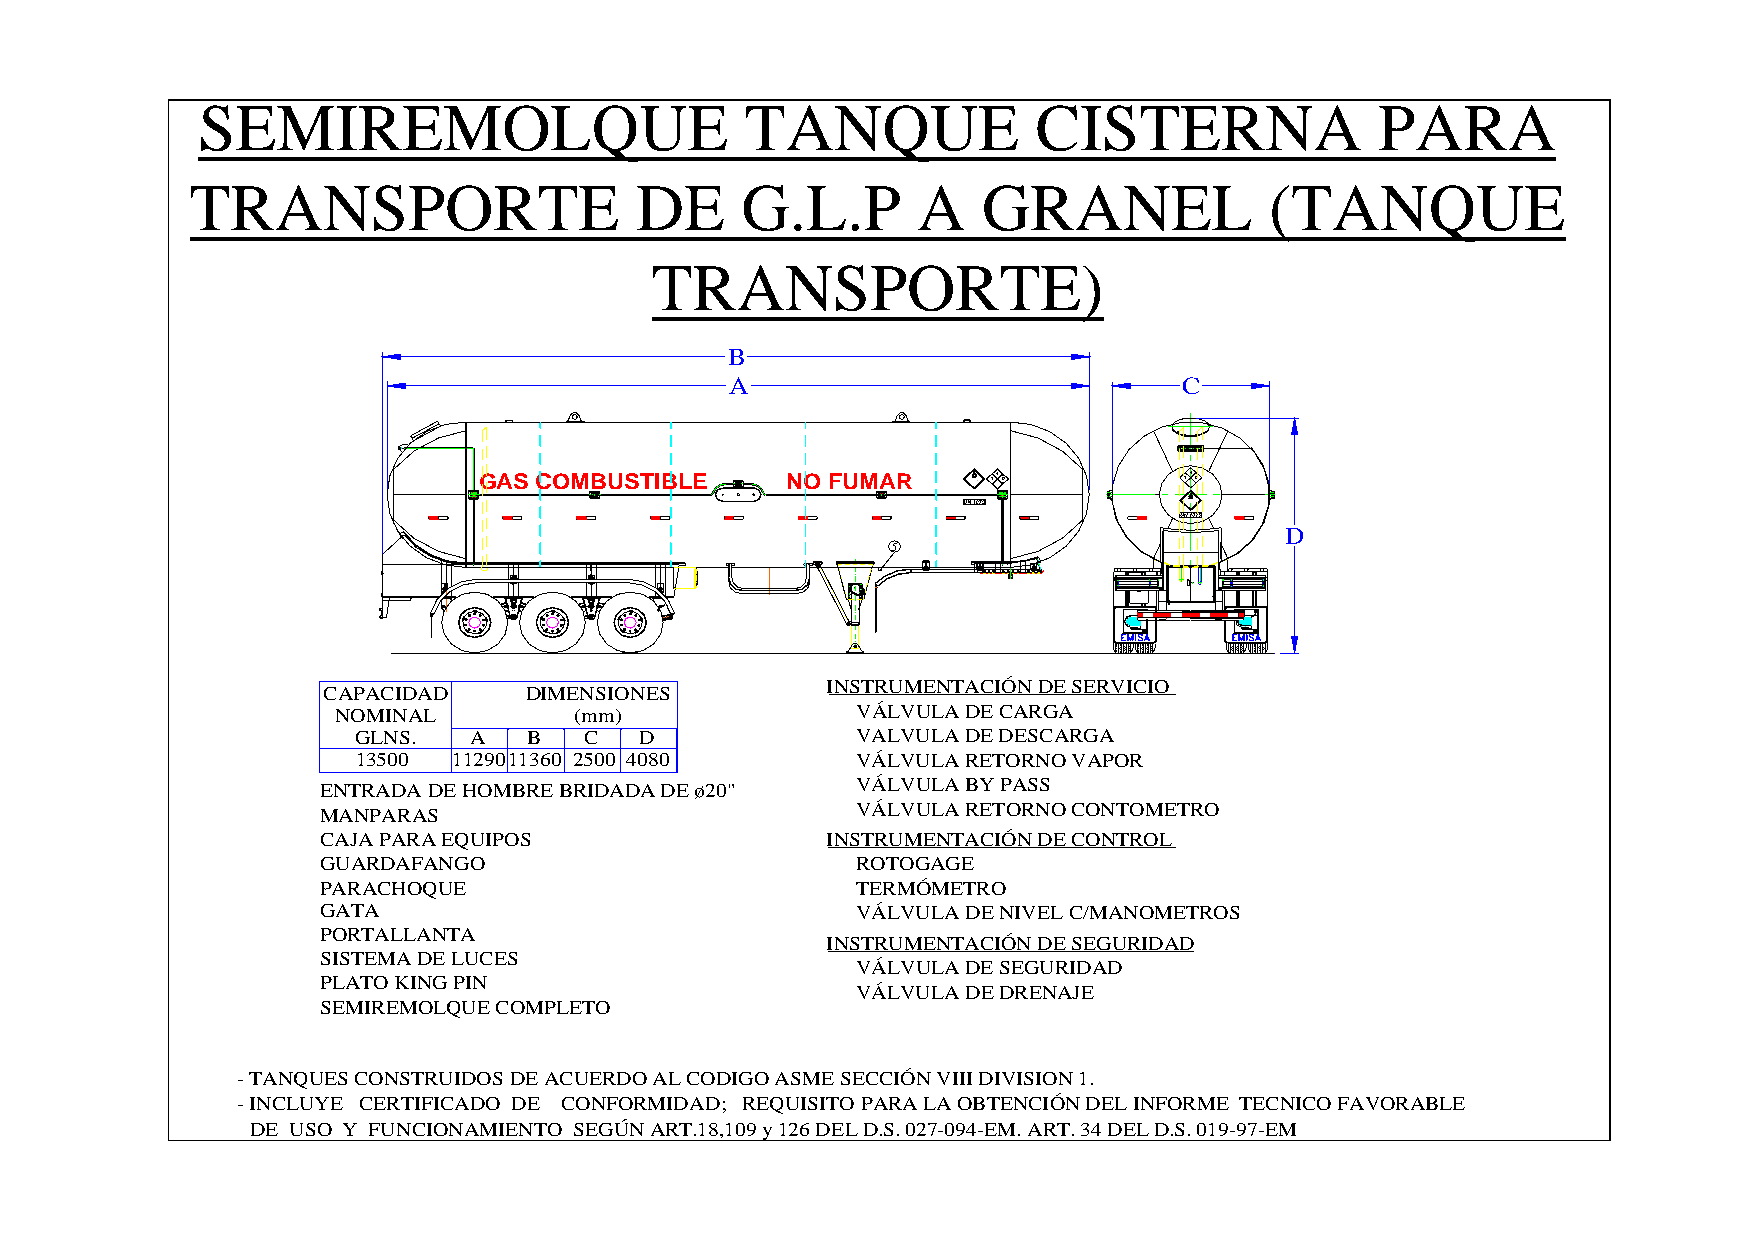
SEMIREMOLQUE                        TANQUE              CISTERNA              PARA
 TRANSPORTE                   DE     G.L.P       A   GRANEL             (TANQUE
 TRANSPORTE)
 B
 A                             C
 GAS COMBUSTIBLE     NO FUMAR      140         140
 D
 5
 INSTRUMENTACIÓN DE SERVICIO
 CAPACIDAD     DIMENSIONES
 NOMINAL         (mm)               VÁLVULA DE CARGA
 GLNS.  A   B   C  D              VALVULA DE DESCARGA
 13500 1129011360 2500 4080       VÁLVULA RETORNO VAPOR
 ENTRADA DE HOMBRE BRIDADA DE ø20"   VÁLVULA BY PASS
 MANPARAS                            VÁLVULA RETORNO CONTOMETRO
 CAJA PARA EQUIPOS                 INSTRUMENTACIÓN DE CONTROL
 GUARDAFANGO                         ROTOGAGE
 PARACHOQUE                          TERMÓMETRO
 GATA                                VÁLVULA DE NIVEL C/MANOMETROS
 PORTALLANTA
 INSTRUMENTACIÓN DE SEGURIDAD
 SISTEMA DE LUCES
 VÁLVULA DE SEGURIDAD
 PLATO KING PIN
 VÁLVULA DE DRENAJE
 SEMIREMOLQUE COMPLETO
 - TANQUES CONSTRUIDOS DE ACUERDO AL CODIGO ASME SECCIÓN VIII DIVISION 1.
 - INCLUYE CERTIFICADO DE CONFORMIDAD; REQUISITO PARA LA OBTENCIÓN DEL INFORME TECNICO FAVORABLE
 DE USO Y FUNCIONAMIENTO SEGÚN ART.18,109 y 126 DEL D.S. 027-094-EM. ART. 34 DEL D.S. 019-97-EM